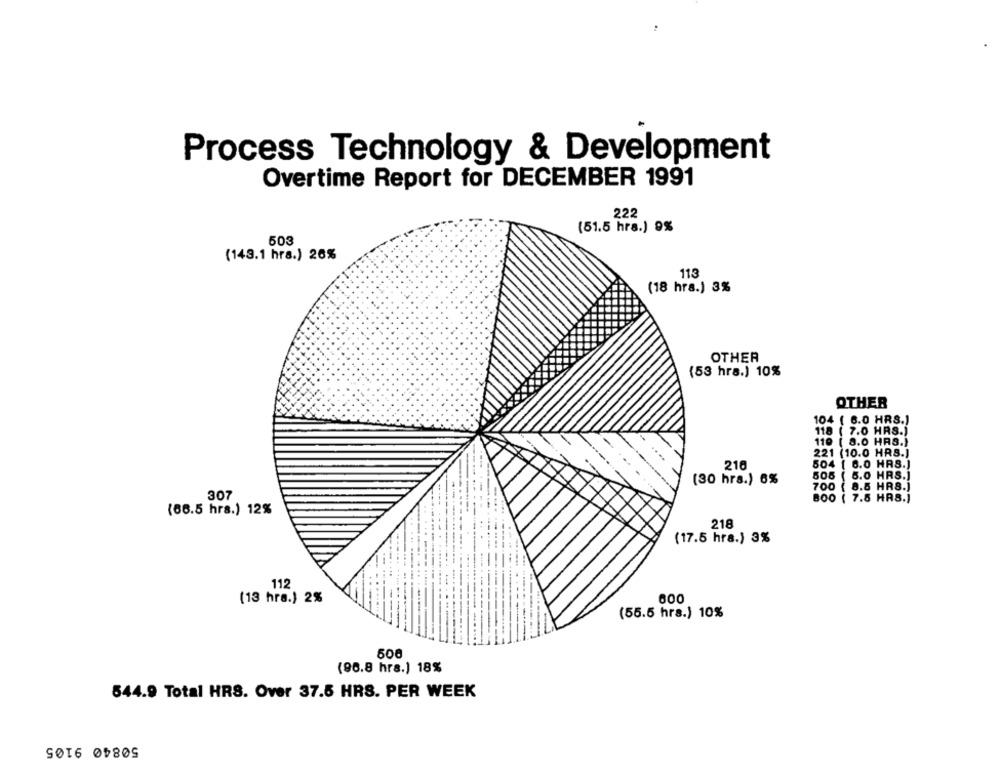
Process Technology & Development
Overtime Report for DECEMBER 1991
222
(51.5 hrs.) 9%
503
(143.1 hrs.) 26%
113
(18 hrs.) 3%
OTHER
(53 hrs.) 10%
OTHER
104 ( 6.0 HRS.)
118 ( 7.0 HRS.)
110 ( 8.0 HAS.)
221 (10.0 HRS.]
216
504 { 6.0 HRS.)
(30 hrs.) 6%
505 ( 5.0 HRS.]
700 ( 8.5 HRS.)
307
800 ( 7.5 HRS.)
(66.5 hrs.) 12%
218
(17.5 hra.) 3%
112
(13 hra.) 2%
600
(55.5 hrs.) 10%
(96.8 hrs.) 18%
544.9 Total HRS. Over 37.5 HRS. PER WEEK
50840 9105